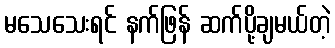
မသေသေးရင် နက်ဖြန် ဆက်ပို့ချမယ်တဲ့